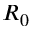
R _ { 0 }